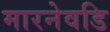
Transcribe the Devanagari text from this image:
मारनेवडि